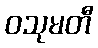
ဝသုမတီ